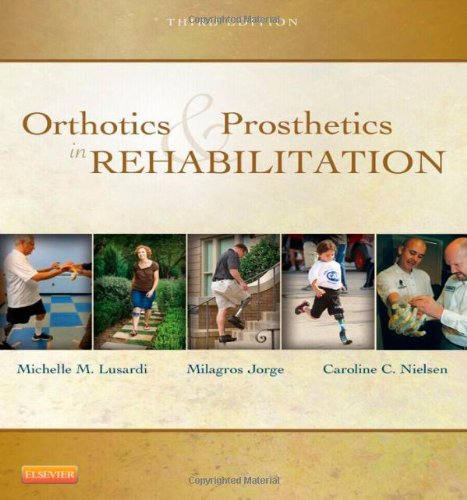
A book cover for Orthotics and Prosthetics in Rehabilitation, 3e; Michelle M. Lusardi PhD  PT; Medical Books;